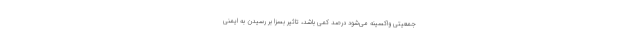
جمعیتی واکسینه می‌شود درصد کمی باشد، تاثیر بسزا بر رسیدن به ایمنی